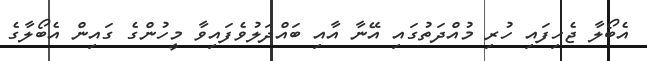
އެބޯލާ ޖެހިފައި ހުރި މުއްދަތުގައި އޭނާ އާއި ބައްދަލުވެފައިވާ މީހުންގެ ގައިން އެބޯލާގެ